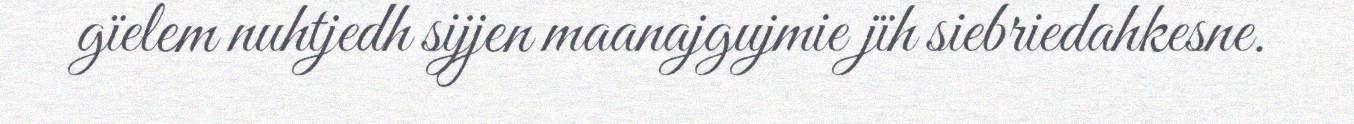
gïelem nuhtjedh sijjen maanajgujmie jïh siebriedahkesne.